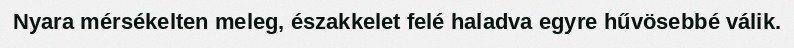
Nyara mérsékelten meleg, északkelet felé haladva egyre hűvösebbé válik.